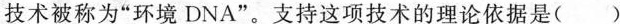
技术被称为“环境DNA”。支持这项技术的理论依据是（）